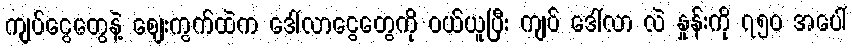
ကျပ်ငွေတွေနဲ့ စျေးကွက်ထဲက ဒေါ်လာငွေတွေကို ဝယ်ယူပြီး ကျပ် ဒေါ်လာ လဲ နှုန်းကို ၇၅၀ အပေါ်